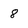
Character: 8